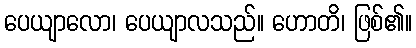
ပေယျာလော၊ ပေယျာလသည်။ ဟောတိ၊ ဖြစ်၏။